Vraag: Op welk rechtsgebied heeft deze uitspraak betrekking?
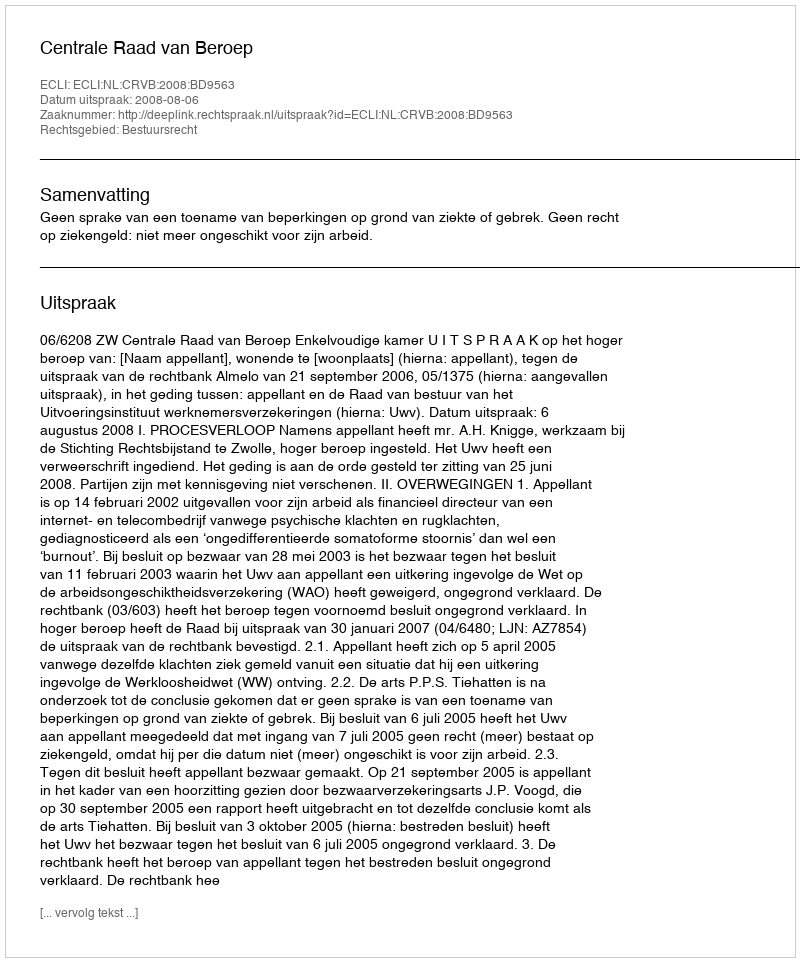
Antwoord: Bestuursrecht